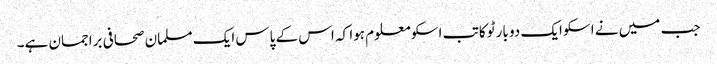
جب میں نے اسکو ایک دو بار ٹوکا تب اسکو معلوم ہوا کہ اس کے پاس ایک مسلمان صحافی براجمان ہے۔